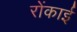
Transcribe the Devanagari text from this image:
रोंकाई